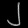
Digit: ၂